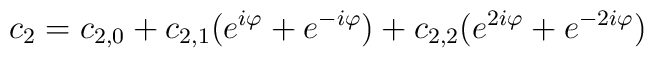
c_2=c_{2,0}+c_{2,1}(e^{i\varphi}+e^{-i\varphi})+c_{2,2}(e^{2i\varphi}+e^{-2i\varphi})